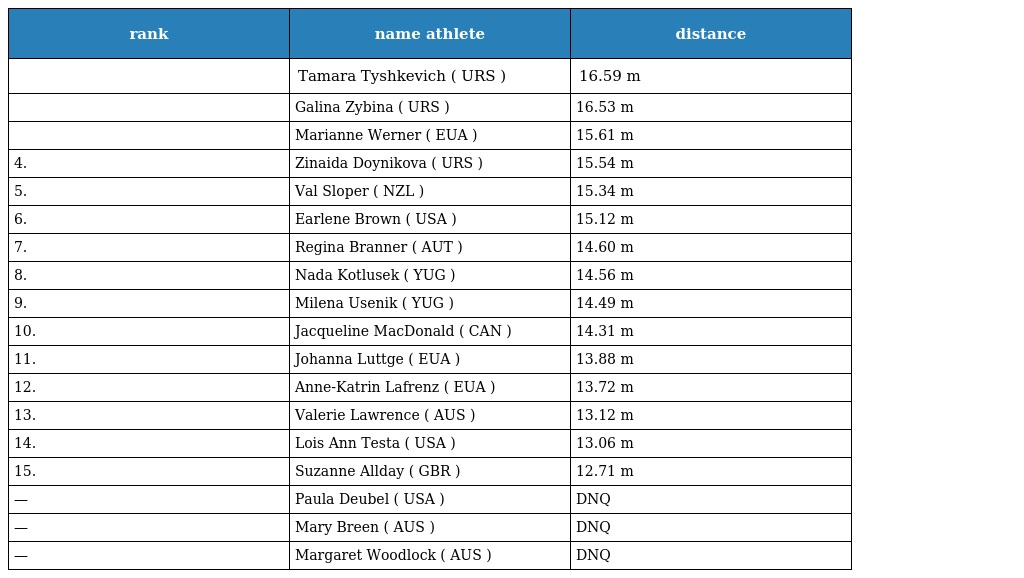
| rank | name athlete | distance |
 | --- | --- | --- |
 |  | Tamara Tyshkevich ( URS ) | 16.59 m |
 |  | Galina Zybina ( URS ) | 16.53 m |
 |  | Marianne Werner ( EUA ) | 15.61 m |
 | 4. | Zinaida Doynikova ( URS ) | 15.54 m |
 | 5. | Val Sloper ( NZL ) | 15.34 m |
 | 6. | Earlene Brown ( USA ) | 15.12 m |
 | 7. | Regina Branner ( AUT ) | 14.60 m |
 | 8. | Nada Kotlusek ( YUG ) | 14.56 m |
 | 9. | Milena Usenik ( YUG ) | 14.49 m |
 | 10. | Jacqueline MacDonald ( CAN ) | 14.31 m |
 | 11. | Johanna Luttge ( EUA ) | 13.88 m |
 | 12. | Anne-Katrin Lafrenz ( EUA ) | 13.72 m |
 | 13. | Valerie Lawrence ( AUS ) | 13.12 m |
 | 14. | Lois Ann Testa ( USA ) | 13.06 m |
 | 15. | Suzanne Allday ( GBR ) | 12.71 m |
 | — | Paula Deubel ( USA ) | DNQ |
 | — | Mary Breen ( AUS ) | DNQ |
 | — | Margaret Woodlock ( AUS ) | DNQ |